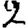
Digit: 2